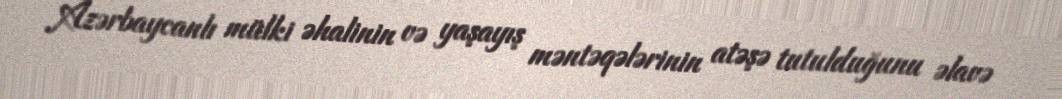
Azərbaycanlı mülki əhalinin və yaşayış məntəqələrinin atəşə tutulduğunu əlavə